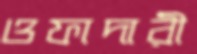
ওফাদারী